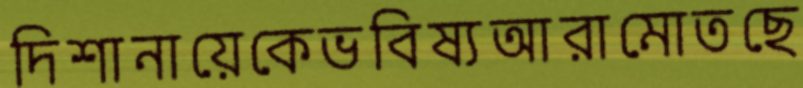
দিশানায়েকেভবিষ্যআরামোতছে